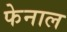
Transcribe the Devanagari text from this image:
फेनाल